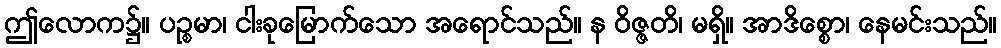
ဤလောက၌။ ပဉ္စမာ၊ ငါးခုမြောက်သော အရောင်သည်။ န ဝိဇ္ဇတိ၊ မရှိ။ အာဒိစ္စော၊ နေမင်းသည်။